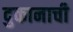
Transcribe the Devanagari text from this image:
दुकानाची